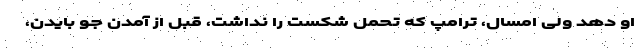
او دهد ولی امسال، ترامپ که تحمل شکست را نداشت، قبل از آمدن جو بایدن،